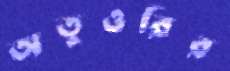
অতুওরির